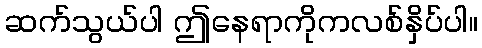
ဆက်သွယ်ပါ ဤနေရာကိုကလစ်နှိပ်ပါ။